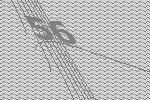
56